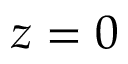
z = 0